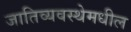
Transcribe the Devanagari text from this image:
जातिव्यवस्थेमधील